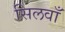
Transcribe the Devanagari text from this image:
सिलवाँ